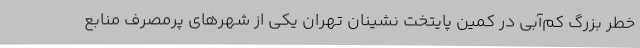
خطر بزرگ کم‌آبی در کمین پایتخت نشینان تهران یکی از شهرهای پرمصرف منابع